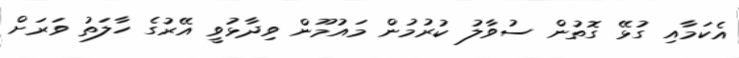
އެކަމާއި ގުޅޭ ގޮތުން ސުވާލު ކުރުމުން މައުމޫން ވިދާޅުވީ އޭރުގެ ހާލަތު ވަރަށް